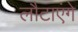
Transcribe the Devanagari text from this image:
लौटाएंगे